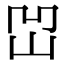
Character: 𡶓